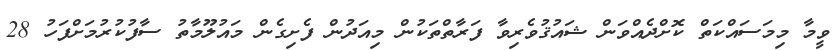
ވީމާ މިމަސައްކަތް ކޮށްދެއްވަން ޝައުޤުވެރިވާ ފަރާތްތަކުން މިއަދުން ފެށިގެން މައުލޫމާތު ސާފުކުރުމަށްފަހު 28